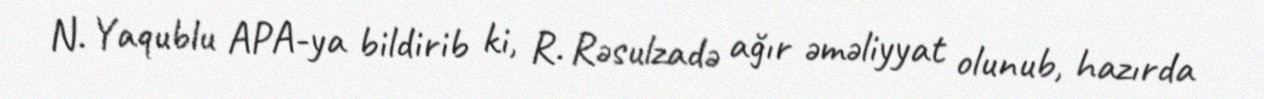
N. Yaqublu APA-ya bildirib ki, R. Rəsulzadə ağır əməliyyat olunub, hazırda